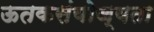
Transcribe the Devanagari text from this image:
ऊतकसंयोज्यता